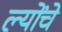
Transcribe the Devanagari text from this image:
ल्योंचे